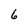
Character: 6